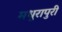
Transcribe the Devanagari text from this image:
मधुरापुरी